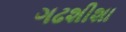
ગઢશીશા